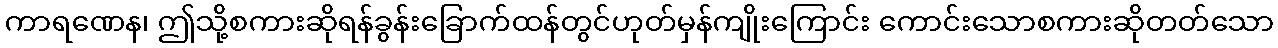
ကာရဏေန၊ ဤသို့စကားဆိုရန်ခွန်းခြောက်ထန်တွင်ဟုတ်မှန်ကျိုးကြောင်း ကောင်းသောစကားဆိုတတ်သော